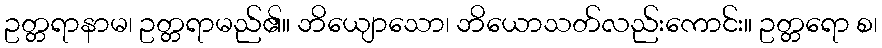
ဥတ္တရာနာမ၊ ဥတ္တရာမည်၏။ ဘိယျောသော၊ ဘိယောသတ်လည်းကောင်း။ ဥတ္တရော စ၊